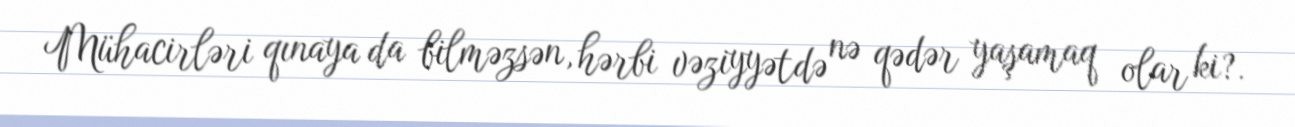
Mühacirləri qınaya da bilməzsən, hərbi vəziyyətdə nə qədər yaşamaq olar ki?.